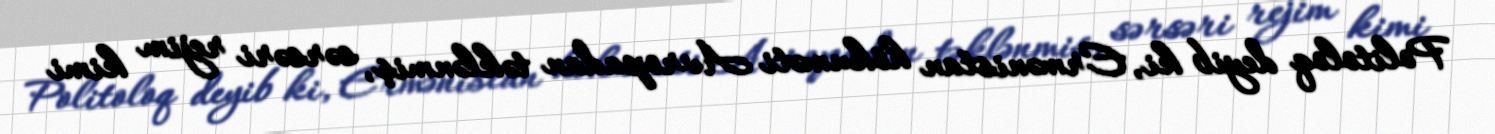
Politoloq deyib ki, Ermənistan hökuməti Avropadan təklənmiş, sərsəri rejim kimi